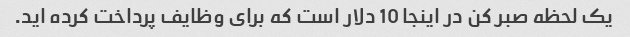
یک لحظه صبر کن در اینجا 10 دلار است که برای وظایف پرداخت کرده اید.